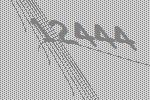
12444